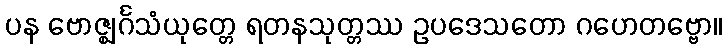
ပန ဗောဇ္ဈင်္ဂသံယုတ္တေ ရတနသုတ္တဿ ဥပဒေသတော ဂဟေတဗ္ဗော။